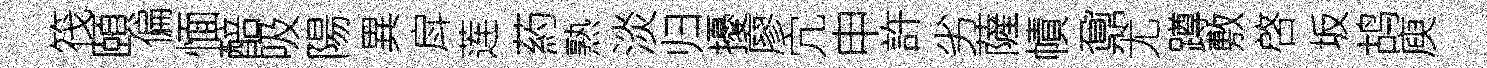
筏頤偏愐醅吸陽異戽莲葯熟淡归擾廖宂申許劣薩幘鼐尤蹲敷啓坂鸪庾